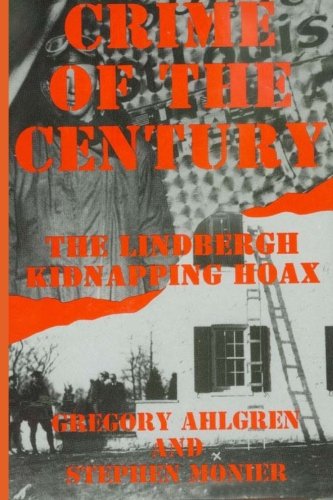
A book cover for Crime of the Century: The Lindbergh Kidnapping Hoax; Gregory Ahlgren; Biographies & Memoirs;